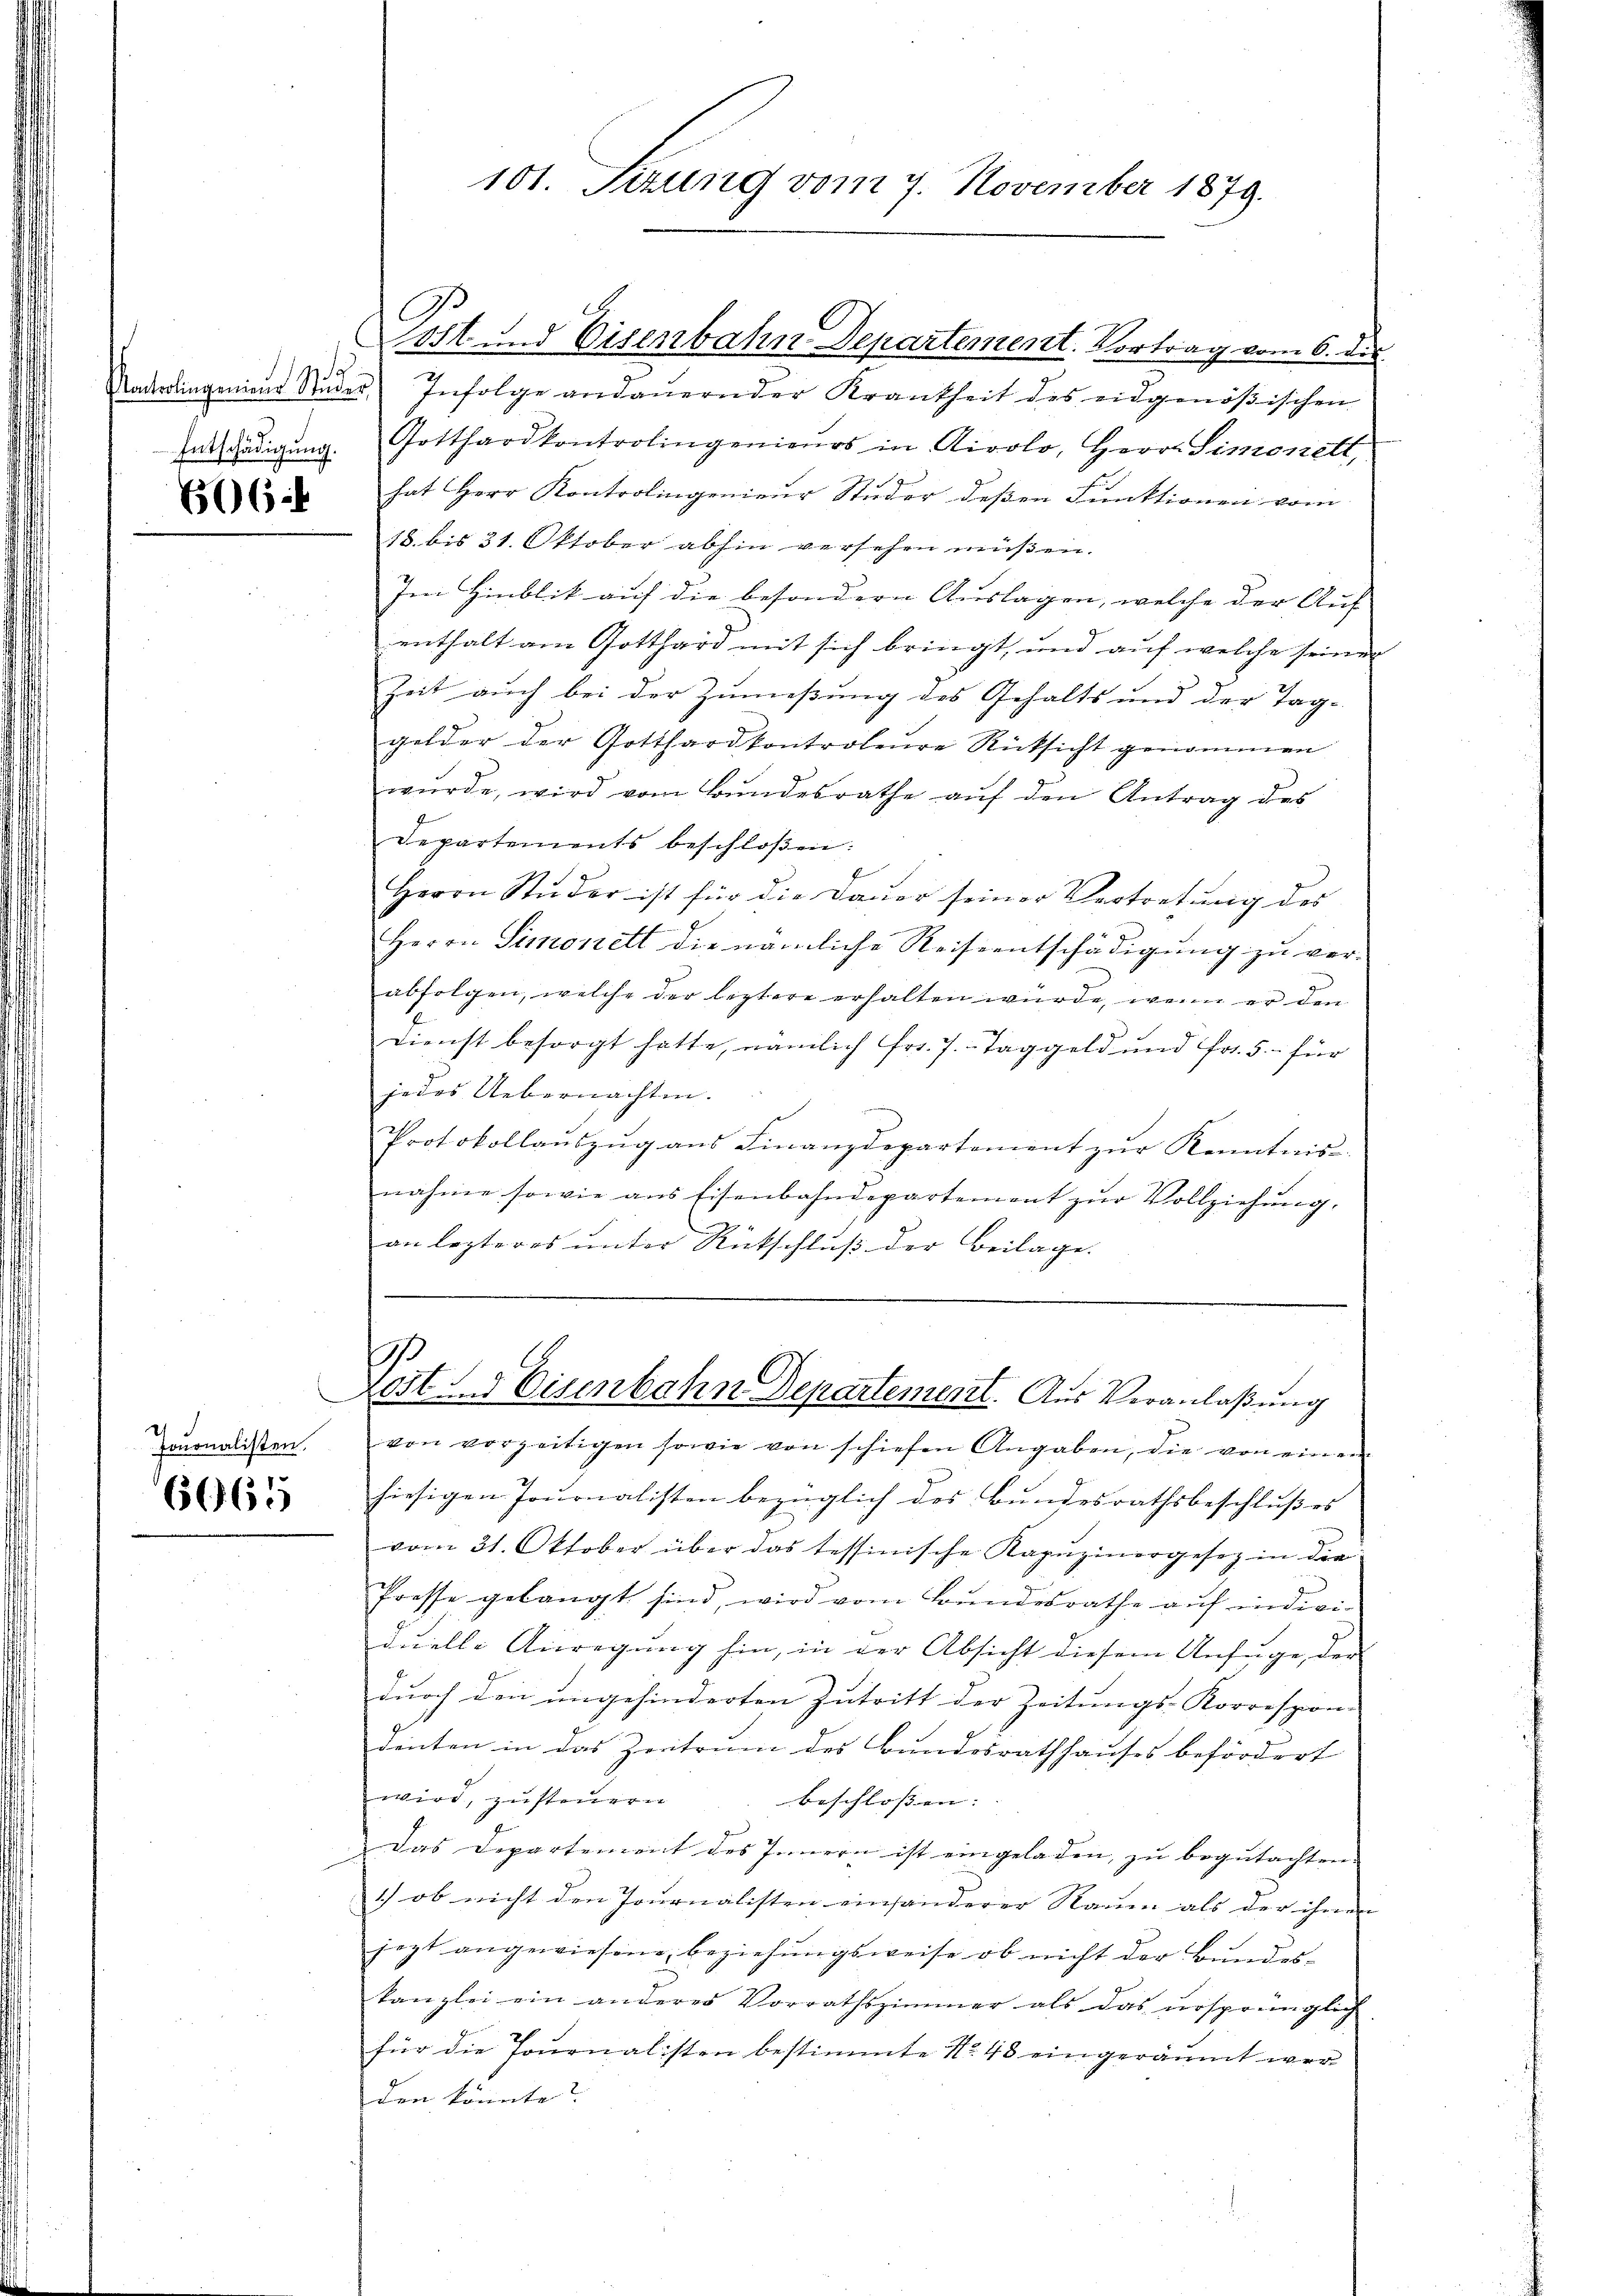
.
Kontrolingenieur Studer,
Entschädigung.

666.

.
Jouonalisten.

6965

101. Sezung vom 7. November 1879.

Eut. Eisenbahn Departement. Vortrag vom 6. des
 Infolge andauernder Krankheit des eidgenößischen
Gotthardkontrolingenieurs in Airolo, Herr Simonett,
hat Herr Kontrolingenieur Studer deßen Funktionen vom
18. bis 31. Oktober abhin versehen müßen.
Im Hinblik auf die besondern Auslagen, welche der Auf
enthalt am Gotthard mit sich bringt, und auf welche seiner |
Zeit auch bei der Zuneßung des Gehalts und der Tag-
gelder der Gotthardkontroleure Rücksicht genommen
wŭrde, wird vom Bŭndesrathe aŭf den Antrag des
Departements beschloßen:
Herrn Stŭder ist für die Daŭer seiner Vertretŭng des
Herrn Simonett die nämliche Reiseentschädigung zu ver-
abfolgen, welche der leztere erhalten würde, wenn er den
Dienst besorgt hatte, nämlich Fr. 7. Taggeld und Fr. 5.- für
jedes Uebernachten.
Protokollaŭszŭg ans Finanzdepartement zŭr Kenntnis
nahme sowie ans Eisenbahndepartement zŭr Vollziehŭng.
an lezteres ŭnter Rückschlŭβ der Beilage.

.
rost und Eisenbahn Departement. Aus Veranlaßung

von vorzeitigen sowie von schiefen Angaben, die von einen
hiesigen Journalisten bezüglich des Bundesrathsbeschlußes
vom 31. Oktober über das tessinische Kapŭzinergesez in die
Presse gelangt sind, wird vom Bundesrathe auf indivi-
duelle Anregung hin, in der Absicht diesem Anfüge, der
durch den ungehinderten Zutritt der Zeitungs-Korrespon-
denten in das Zertrum des Bundesrathhauses befördert
wird, zusteuern
beschlossen: |
Das Departement des Innern ist eingeladen, zu begutachten. |
1) ob nicht den Journalisten einsänderer Rauen als der ihnen |
jezt angewiesene beziehungsweise ob nicht der Bundes-
kanzlei ein anderes Vorrathszimmer als das ursprünglich
für die Pournalisten bestimmte No. 48 eingeräumt werden könnte?